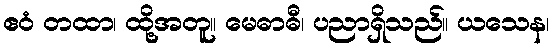
ဧဝံ တထာ၊ ထို့အတူ။ မေဓာဓီ၊ ပညာရှိသည်။ ယသေန၊